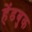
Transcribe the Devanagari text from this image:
हेंडबुक